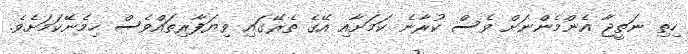
ހިތި ނަތީޖާ އެންމެންނަށް ވެސް ކުރާނެ ކަމަށާއި އޭގެ ތެރޭގައި ވިޔަފާރިތައްވެސް ހިމެނޭކަމަށެވެ.